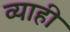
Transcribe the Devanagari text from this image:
व्‍याही